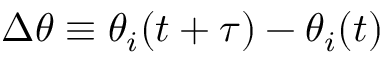
\Delta \theta \equiv \theta _ { i } ( t + \tau ) - \theta _ { i } ( t )